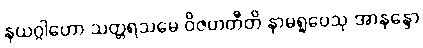
နယဂ္ဂါဟော သတ္တရသမေ ဝိဇဟတီတိ နာမရူပေသု အာနန္ဒော